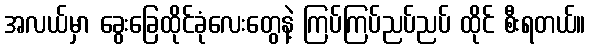
အလယ်မှာ ခွေးခြေထိုင်ခုံလေးတွေနဲ့ ကြပ်ကြပ်ညပ်ညပ် ထိုင် စီးရတယ်။